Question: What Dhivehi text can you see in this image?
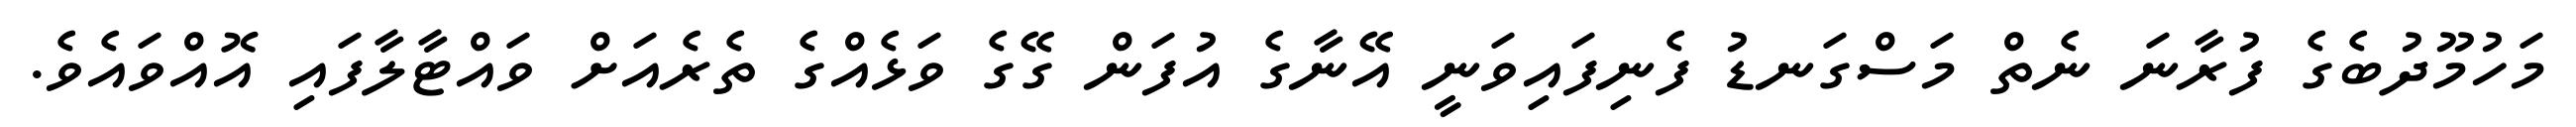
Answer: މަހުމޫދުބެގެ ފުރާނަ ނެތް މަސްގަނޑު ފެނިފައިވަނީ އޭނާގެ އުފަން ގޭގެ ވަޅެއްގެ ތެރެއަށް ވައްޓާލާފައި އޮއްވައެވެ.